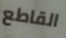
القاطع